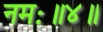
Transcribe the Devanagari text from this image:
नमः॥४॥